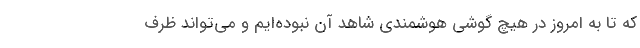
که تا به امروز در هیچ گوشی هوشمندی شاهد آن نبوده‌ایم و می‌تواند ظرف